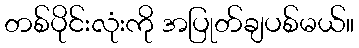
တစ်ပိုင်းလုံးကို အပြုတ်ချပစ်မယ်။